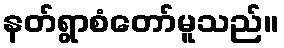
နတ်ရွာစံတော်မူသည်။